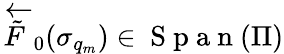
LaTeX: \overleftarrow{\tilde{F}}_{0}(\sigma_{q_{m}})\in\mathrm{~S~p~a~n~}(\Pi)